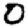
Digit: 0